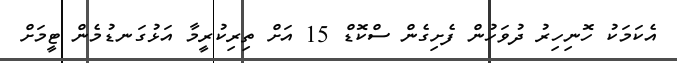
އެކަމަކު ހޮނިހިރު ދުވަހުން ފެށިގެން ސްކޮޑް 15 އަށް ތިރިކުރީމާ އަޅުގަނޑުމެން ޓީމަށް